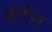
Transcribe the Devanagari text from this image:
बंटीन